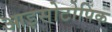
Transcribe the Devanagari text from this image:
आइसोटोपिक